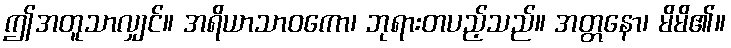
ဤအတူသာလျှင်။ အရိယာသာဝကော၊ ဘုရားတပည့်သည်။ အတ္တနော၊ မိမိ၏။